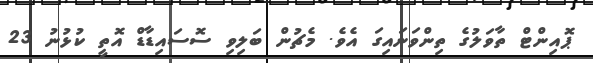
ޕޮއިންޓް ތާވަލުގެ ތިންވަނައިގަ އެވެ. މެޗުން ބަލިވި ސޮސައިޑާޑް އޮތީ ކުޅުނު 23